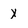
Character: X